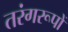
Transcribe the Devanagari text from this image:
तरंगरूपों